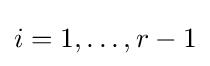
i=1,\ldots ,r-1